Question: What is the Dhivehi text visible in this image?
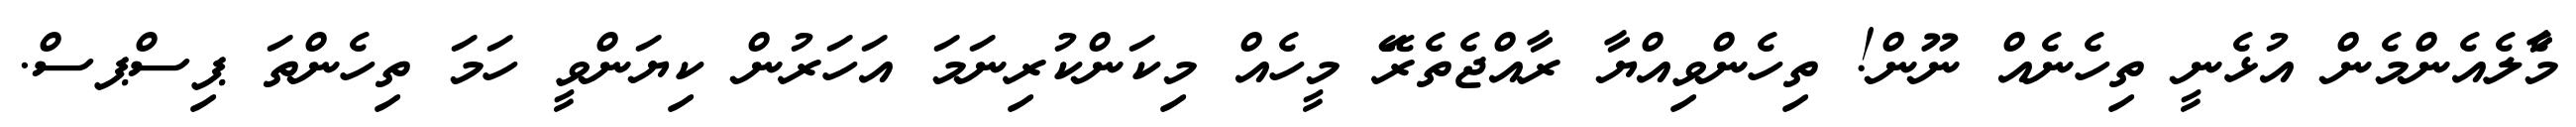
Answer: މާެލެއެންމެން އުޅެނީ ތިހެނެއް ނޫން! ތިހެންވިއްޔާ ރާއްޖެތެރަޭ މީހެއް މިކަންކުރިނަމަ އަހަރުން ކިޔަންވީ ހަމަ ތިހެންތަ ޕިސްޕސް.